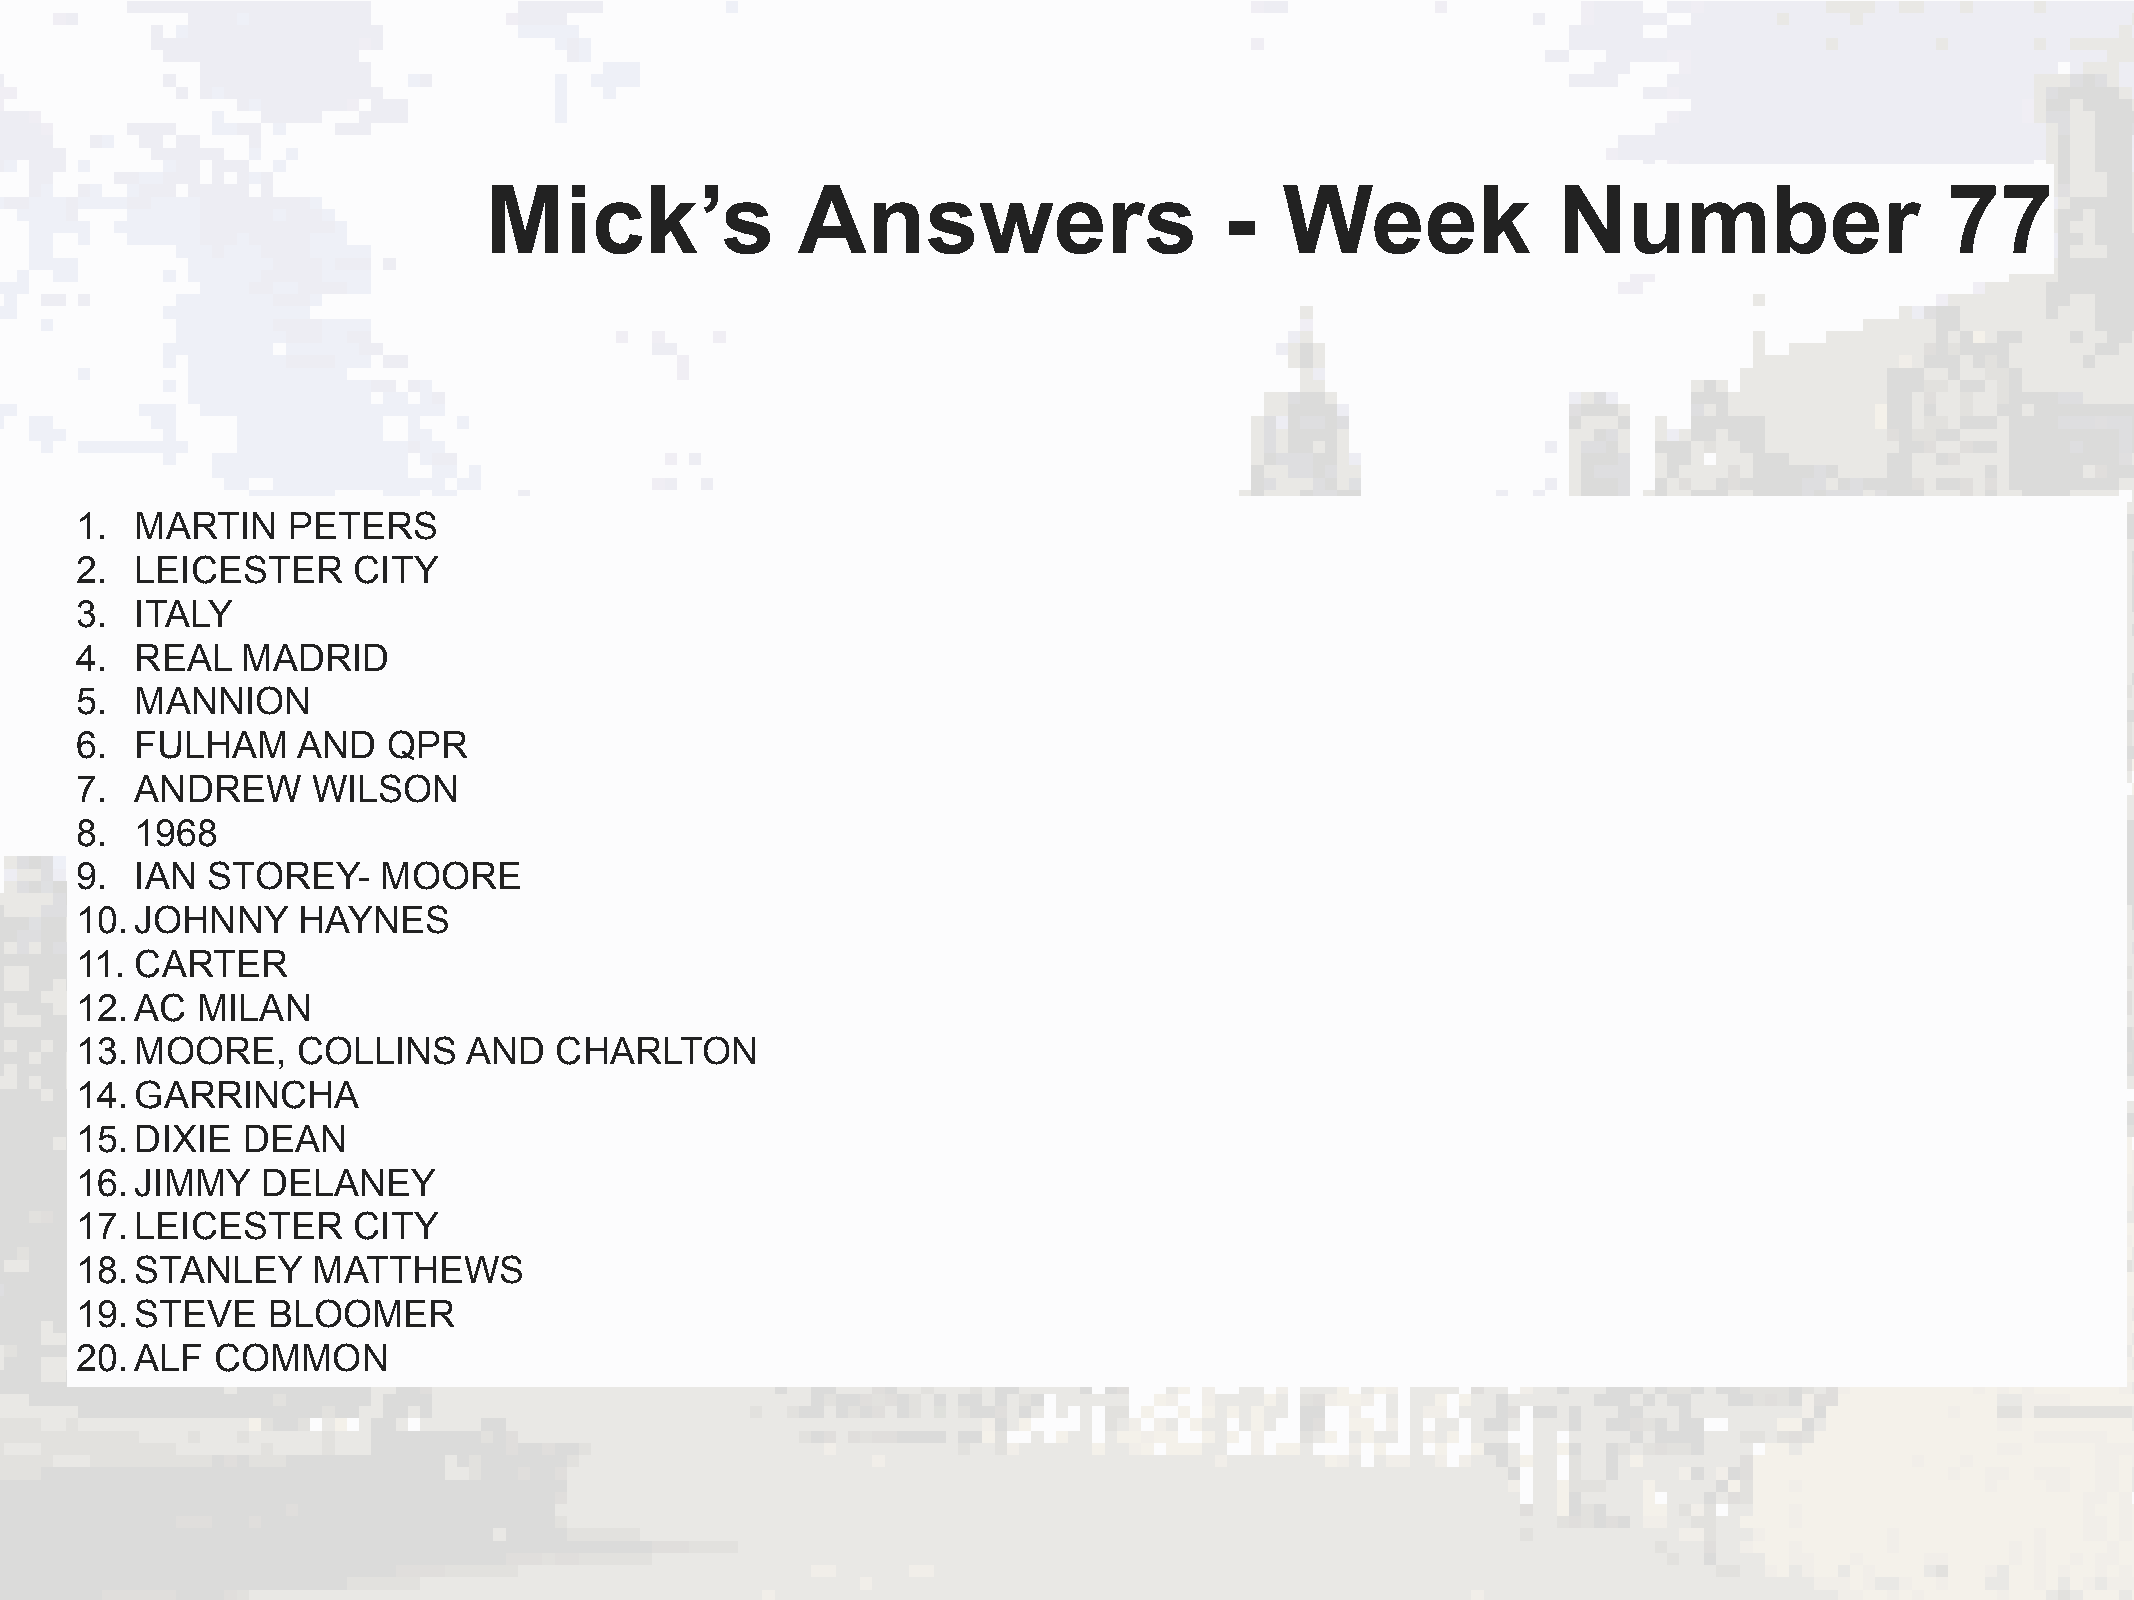
Mick’s               Answers                     -   Week              Number                    77
 1.  MARTIN    PETERS
 2.  LEICESTER     CITY
 3.  ITALY
 4.  REAL   MADRID
 5.  MANNION
 6.  FULHAM     AND   QPR
 7.  ANDREW      WILSON
 8.  1968
 9.  IAN  STOREY-    MOORE
 10. JOHNNY     HAYNES
 11. CARTER
 12. AC  MILAN
 13. MOORE,     COLLINS    AND   CHARLTON
 14. GARRINCHA
 15. DIXIE  DEAN
 16. JIMMY   DELANEY
 17. LEICESTER     CITY
 18. STANLEY     MATTHEWS
 19. STEVE    BLOOMER
 20. ALF  COMMON